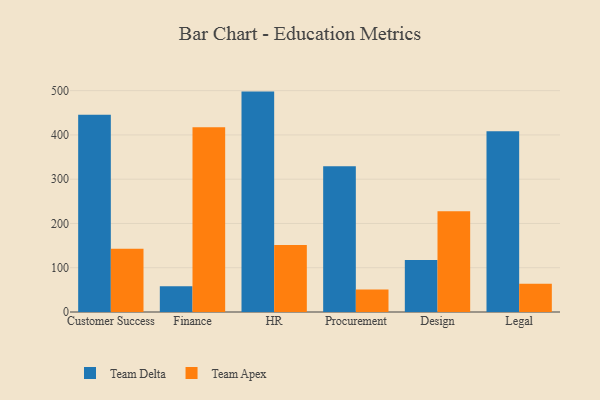
{"axis": {"x": "Department", "y": "Production Output"}, "legend": ["Team Apex", "Team Delta"], "data": [{"x": "Customer Success", "y": 445.8, "type": "Team Delta"}, {"x": "Customer Success", "y": 143.0, "type": "Team Apex"}, {"x": "Finance", "y": 58.1, "type": "Team Delta"}, {"x": "Finance", "y": 417.1, "type": "Team Apex"}, {"x": "HR", "y": 497.9, "type": "Team Delta"}, {"x": "HR", "y": 151.6, "type": "Team Apex"}, {"x": "Procurement", "y": 329.4, "type": "Team Delta"}, {"x": "Procurement", "y": 51.0, "type": "Team Apex"}, {"x": "Design", "y": 117.5, "type": "Team Delta"}, {"x": "Design", "y": 227.8, "type": "Team Apex"}, {"x": "Legal", "y": 408.3, "type": "Team Delta"}, {"x": "Legal", "y": 64.1, "type": "Team Apex"}]}